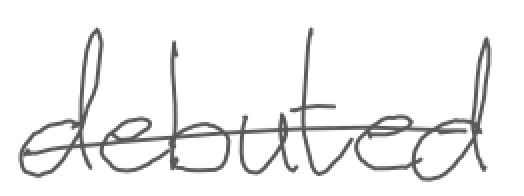
Text: debuted
Cross-out: single-line
Writing tool: digital_gray